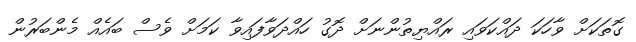
ގޮތަކަށް ވާހަކަ ދައްކަވައި ރައްޔިތުންނަށް ދޮގު ހައްދަވާފައިވާ ކަމަށް ވެސް ބައެއް މެންބަރުން